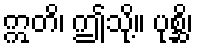
ဣတိ၊ ဤသို့။ ပုစ္ဆိ၊